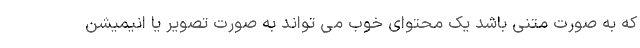
که به صورت متنی باشد یک محتوای خوب می تواند به صورت تصویر یا انیمیشن